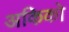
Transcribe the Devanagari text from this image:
अकिको